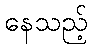
နေသည့်